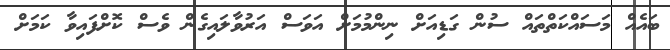
ބައެއް މަސައްކަތްތައް ސުން ގަޑިއަށް ނިންމުމަށް އަވަސް އަރުވާލައިގެން ވެސް ކޮށްފައިވާ ކަމަށް